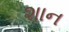
શાન